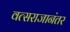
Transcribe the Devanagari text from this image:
वत्सराजानंतर